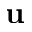
\mathbf { u }